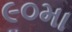
૯૦મા